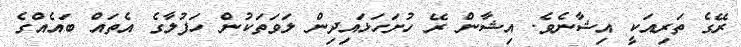
ރޭގެ ތަރިއަކީ އިޝާނެވެ. އިޝާން ރޭ ހުށަހަޅައިދިން ލަވަތަކުން ހަފުލާގެ އެތައް ބައެއްގެ